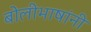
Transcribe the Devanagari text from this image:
बोलीभाषांनी